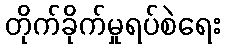
တိုက်ခိုက်မှုရပ်စဲရေး